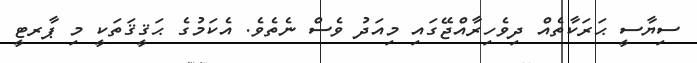
ސިޔާސީ ޙަރަކާތެއް ދިވެހިރާއްޖޭގައި މިއަދު ވެސް ނެތެވެ. އެކަމުގެ ޙަޤީޤަތަކީ މި ޕާރޓީ